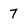
Character: 7